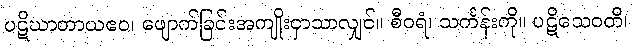
ပဋိဃာတာယဧဝ၊ ဖျောက်ခြင်းအကျိုးငှာသာလျှင်။ စီဝရံ၊ သင်္ကန်းကို။ ပဋိသေဝတိ၊